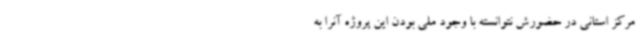
مرکز استانی در حضورش نتوانسته با وجود ملی بودن این پروژه آنرا به